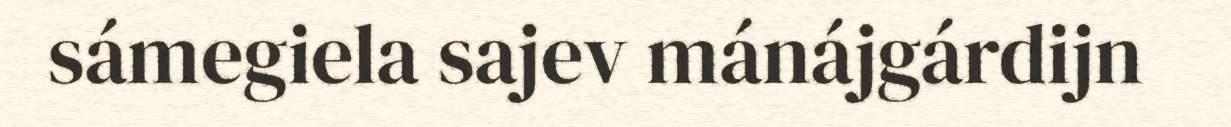
sámegiela sajev mánájgárdijn